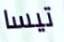
تيسا